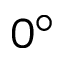
0 ^ { \circ }